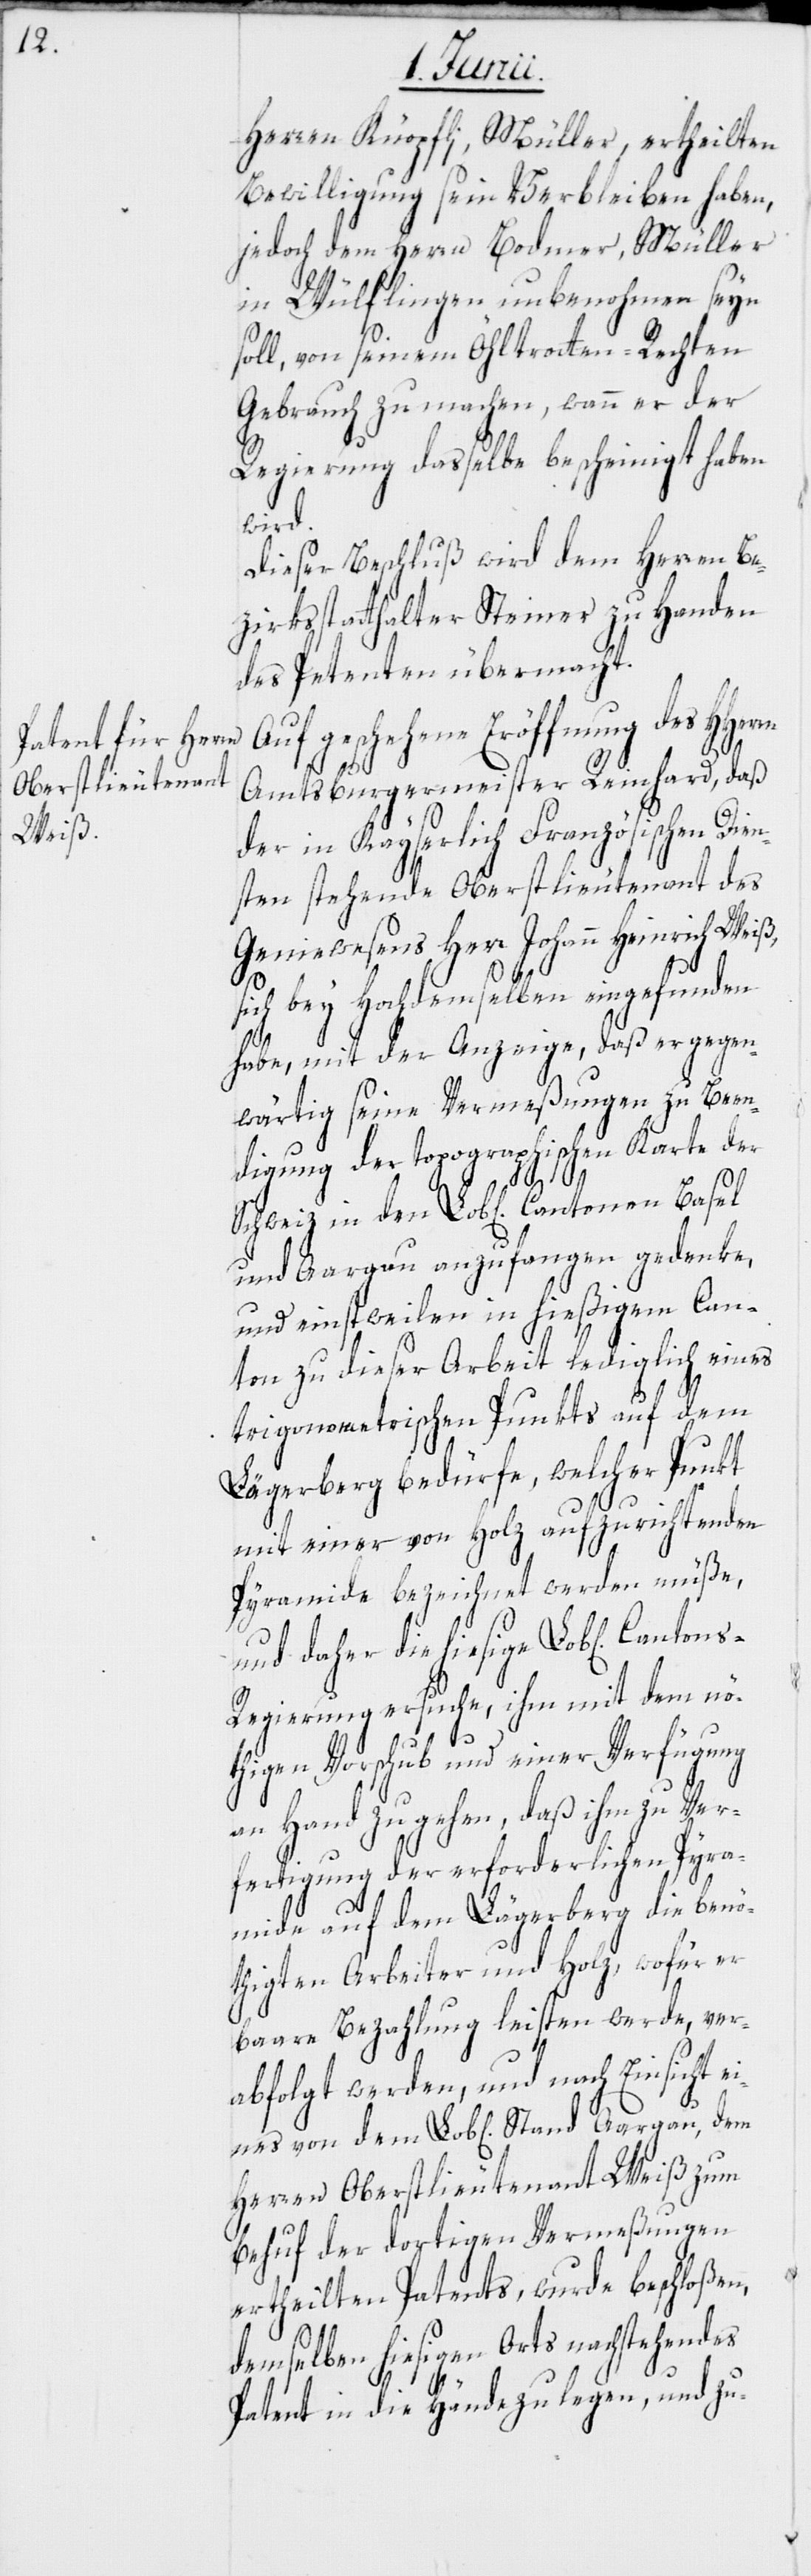
Herren Knöpfli, Müller, ertheilten
Bewilligung sein Verbleiben haben,
jedoch dem Herrn Bodmer, Müller
in Wülflingen, unbenohmen seyn
soll, von seinem Öhltrotten-Rechten
Gebrauch zu machen, wann er der
Regierung dasselbe bescheinigt haben
wird.
Dieser Beschluß wird dem Herren Be¬
zirksstatthalter Steiner zu Handen
des Petenten übermacht.
Auf geschehene Eröffnung des HHer¬
Amtsburgermeister Reinhard, daß
der in Kayserlich Französischen Dien¬
sten stehende Oberstlieutenant des
Geniewesens Herr Johann Heinrich Weiß,
rn
sich bey Hochdemselben eingefunden
habe, mit der Anzeige, daß er gegen¬
wärtig seine Vermeßungen zu Been¬
digung der topographischen Karte der
Schweiz in den Lob[lichen] Cantonen Basel
und Aargau anzufangen gedenke,
und einstweilen in hießigem Can¬
ton zu dieser Arbeit lediglich eines
trigonometrischen Punkts auf dem
Lägerberg bedürfe, welcher Punkt
mit einer von Holz aufzurichtenden
Pyramide bezeichnet werden müße,
und daher die hiesige Lob[liche] Can¬
regierung ersuche, ihm mit dem nö¬
tons¬
thigen Vorschub und einer Verfügung
an Hand zu gehen, daß ihm zu Ver¬
fertigung der erforderlichen Pyra¬
mide auf dem Lägerberg die benö¬
thigten Arbeiter und Holz, wofür er
baare Bezahlung leisten werde, ver¬
abfolgt werden, und nach Einsicht
eines von dem Lob[lichen] Stand Aargau, dem
Herren Oberstlieutenant Weiß zum
behuf der dortigen Vermeßungen
ertheilten Patents, wurde beschloßen,
demselben hiesigen Orts nachstehendes
Patent in die Hände zu legen, und zu-